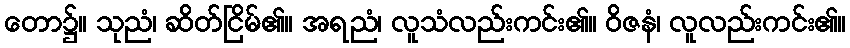
တော၌။ သုညံ၊ ဆိတ်ငြိမ်၏။ အရညံ၊ လူသံလည်းကင်း၏။ ဝိဇနံ၊ လူလည်းကင်း၏။